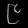
Digit: ၉